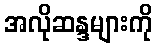
အလိုဆန္ဒများကို